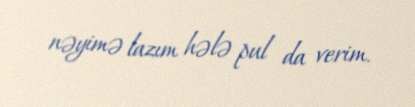
nəyimə lazım hələ pul da verim.